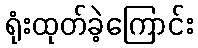
ရုံးထုတ်ခဲ့ကြောင်း